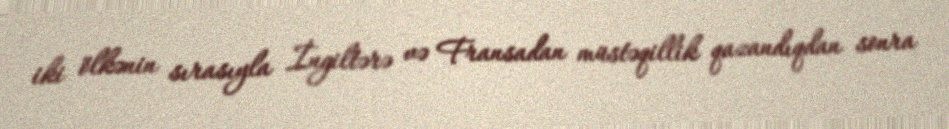
iki ölkənin sırasıyla İngiltərə və Fransadan müstəqillik qazandıqdan sonra